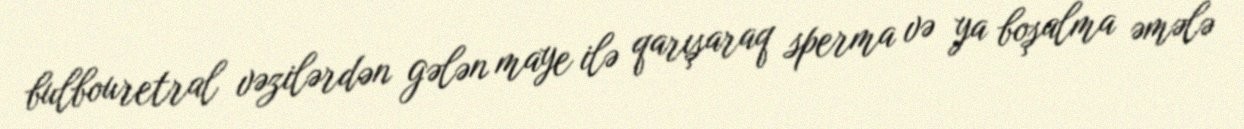
bulbouretral vəzilərdən gələn maye ilə qarışaraq sperma və ya boşalma əmələ